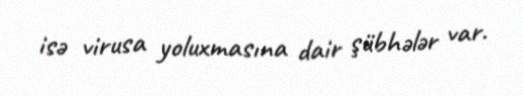
isə virusa yoluxmasına dair şübhələr var.